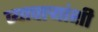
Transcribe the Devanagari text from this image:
व्यापार्‍यांशी